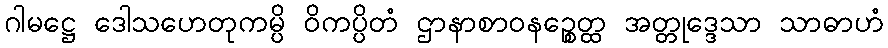
ဂါမဋ္ဌေ ဒေါသဟေတုကမ္ပိ ဝိကပ္ပိတံ ဌာနာစာဝနဉ္စေတ္ထ အတ္တုဒ္ဒေသာ သာဓာဟံ